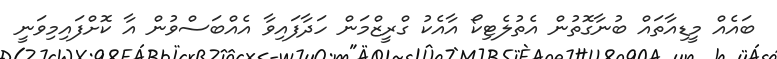
ބައެއް މީޑިއާތައް ބުނާގޮތުން އެތުލެޓިކޯ އާއެކު ގްރީޒްމަން ހަދާފައިވާ އެއްބަސްވުން އާ ކޮށްފައިމިވަނީ